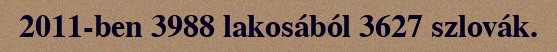
2011-ben 3988 lakosából 3627 szlovák.